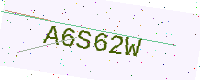
Text: A6S62W